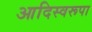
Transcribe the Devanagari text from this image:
आदिस्वरूपा